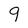
Character: 9